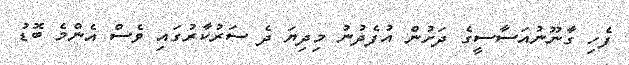
ފެހި ގާނޫނުއަސާސީގެ ދަށުން އުފެދުނު މިދިޔަ ދެ ސަރުކާރުގައި ވެސް އެންމެ ބޮޑު